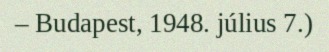
– Budapest, 1948. július 7.)